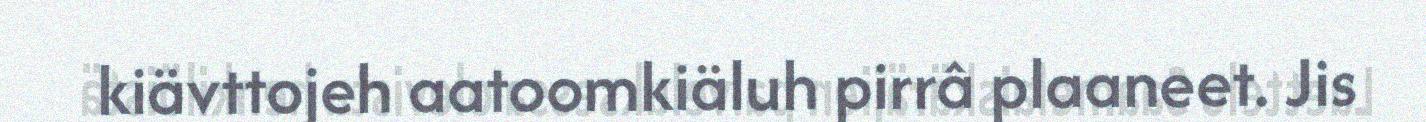
kiävttojeh aatoomkiäluh pirrâ plaaneet. Jis